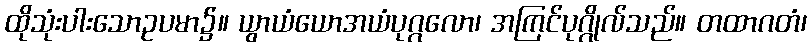
ထိုသုံးပါးသောဥပမာ၌။ ယွာယံယောအယံပုဂ္ဂလော၊ အကြင်ပုဂ္ဂိုလ်သည်။ တထာဂတံ၊